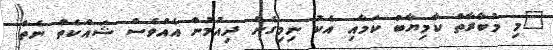
"މި މުބާރާތް ކާމިޔާބު ކަމާއި އެކު ނިމިގެން ދިއުމުން އެއްވެސް ޝައްކެތް ނެތް